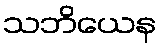
သဘိယေန